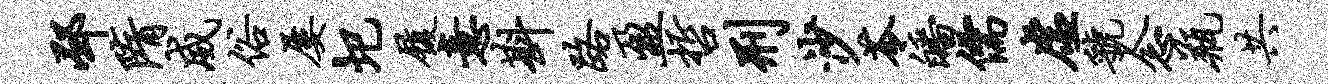
邳隋威俗屡圯履意斟路盈哲刑沙苓皤儒虚虢念瓶共